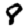
Digit: 8